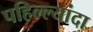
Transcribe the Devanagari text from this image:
पहिल्ल्यांदा